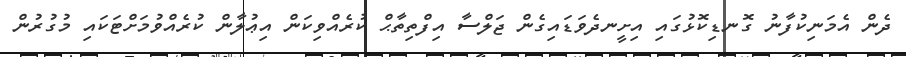
ދެން އެމަނިކުފާނު ގޮނޑިކޮޅުގައި އިށީނދެވަޑައިގެން ޖަލްސާ އިފްތިތާޙް ކުރެއްވިކަން އިޢުލާން ކުރެއްވުމަށްޓަކައި މުގުރުން